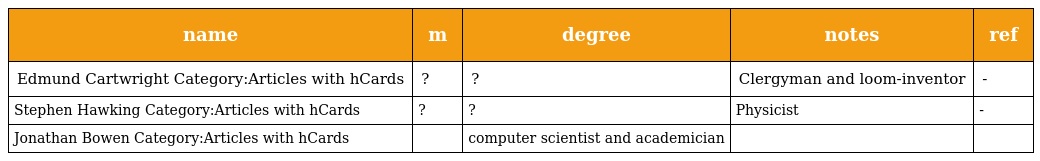
| name | m | degree | notes | ref |
 | --- | --- | --- | --- | --- |
 | Edmund Cartwright Category:Articles with hCards | ? | ? | Clergyman and loom-inventor | - |
 | Stephen Hawking Category:Articles with hCards | ? | ? | Physicist | - |
 | Jonathan Bowen Category:Articles with hCards |  | computer scientist and academician |  |  |